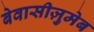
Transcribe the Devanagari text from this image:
बेवासीज़ुमेब